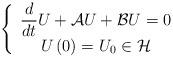
LaTeX: \begin{align*}\left\{ \begin{array}{c}\dfrac{d}{dt}U+\mathcal{A}U+\mathcal{B}U=0 \\ U\left( 0\right) =U_{0}\in \mathcal{H}\end{array}\right. \end{align*}